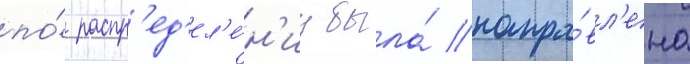
по́ распр'ед'ел'е́н'иу была́ напра́вл'ена